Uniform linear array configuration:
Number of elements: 48
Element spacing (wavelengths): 0.5
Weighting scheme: cosine
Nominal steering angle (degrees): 0
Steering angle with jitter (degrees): -0.1626
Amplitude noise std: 0.05
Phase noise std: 0.05

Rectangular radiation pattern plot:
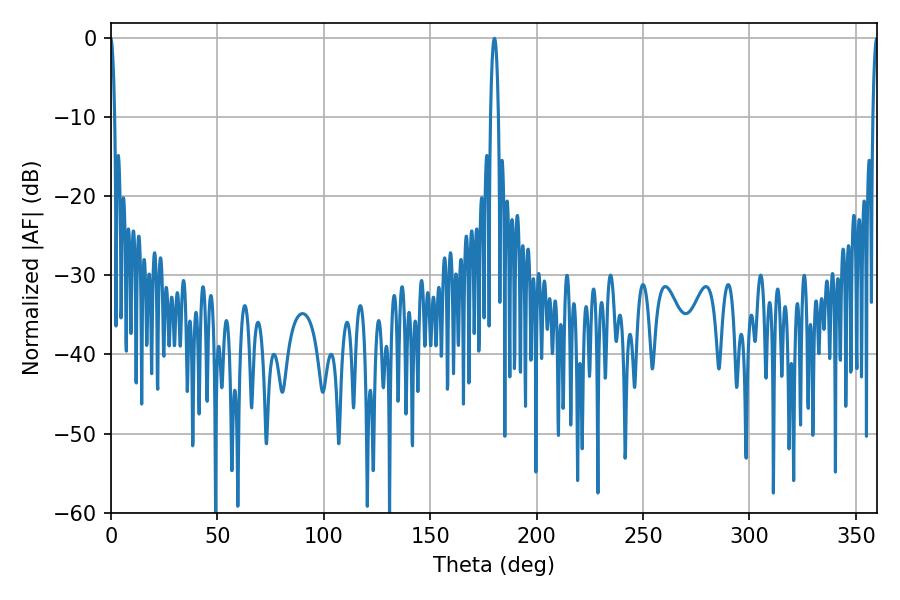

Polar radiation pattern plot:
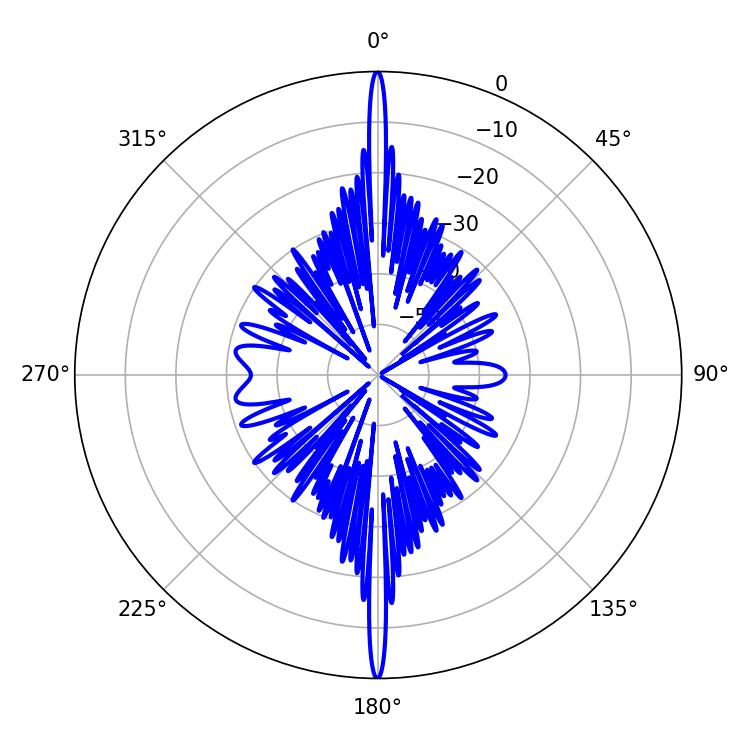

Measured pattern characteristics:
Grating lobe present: FALSE
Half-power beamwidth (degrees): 2.16
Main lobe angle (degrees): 180.18